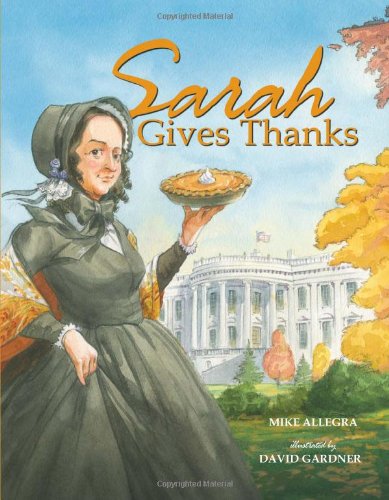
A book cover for Sarah Gives Thanks: How Thanksgiving Became a National Holiday; Mike Allegra; Politics & Social Sciences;